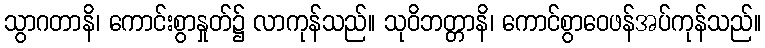
သွာဂတာနိ၊ ကောင်းစွာနှုတ်၌ လာကုန်သည်။ သုဝိဘတ္တာနိ၊ ကောင်စွာဝေဖန်အပ်ကုန်သည်။